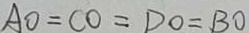
A O = C O = D O = B O